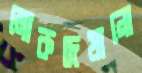
লোকদেখানো